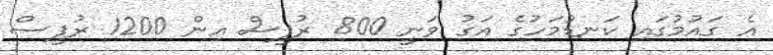
އެ ގައުމުގައި ކަނޑުމަހުގެ އަގު ވަނީ 800 ރުޕީސް އިން 1200 ރުޕީސް